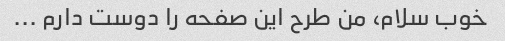
خوب سلام، من طرح این صفحه را دوست دارم ...